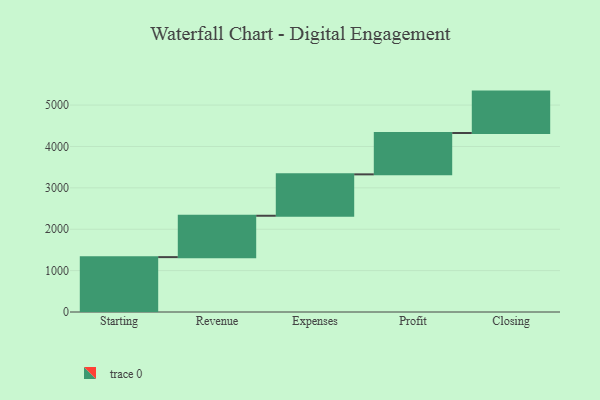
{"axis": {"x": "Step", "y": "Value"}, "legend": [""], "data": [{"x": "Starting", "y": 1326.0, "type": ""}, {"x": "Revenue", "y": 1000, "type": ""}, {"x": "Expenses", "y": 1000, "type": ""}, {"x": "Profit", "y": 1000, "type": ""}, {"x": "Closing", "y": 1000, "type": ""}]}